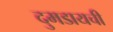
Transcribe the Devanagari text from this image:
दुमडायची